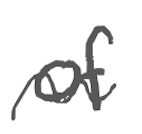
Text: of
Cross-out: mix
Writing tool: digital_gray